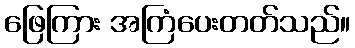
ဖြေကြား အကြံပေးတတ်သည်။